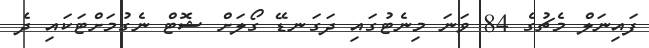
ފައިނަލް މެޗުގެ 84 ވަނަ މިނެޓުގައި ދަގަނޑޭ ގޯލަށް ޝޮޓް ނެގުމަށްޓަކައި ދެ